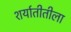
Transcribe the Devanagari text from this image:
शर्यातीतीला